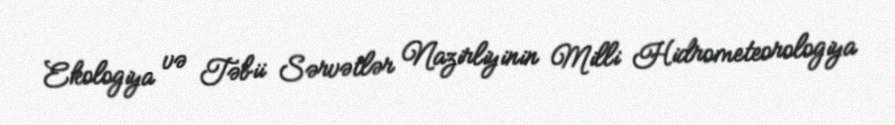
Ekologiya və Təbii Sərvətlər Nazirliyinin Milli Hidrometeorologiya